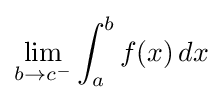
\lim _{b\to c^{-}}\int _{a}^{b}f(x)\,dx